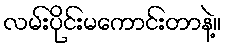
လမ်းပိုင်းမကောင်းတာနဲ့။